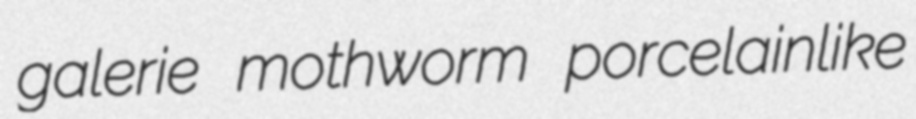
galerie mothworm porcelainlike